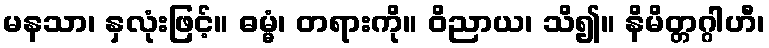
မနသာ၊ နှလုံးဖြင့်။ ဓမ္မံ၊ တရားကို။ ဝိညာယ၊ သိ၍။ နိမိတ္တဂ္ဂါဟီ၊